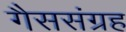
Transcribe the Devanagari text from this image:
गैससंग्रह